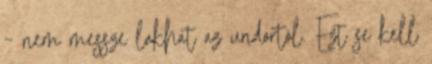
– nem messze lakhat az undortól. Ezt se kell